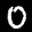
Label: 0